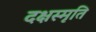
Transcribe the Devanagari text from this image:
दक्षस्मृति